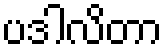
ပဒါလိတာ